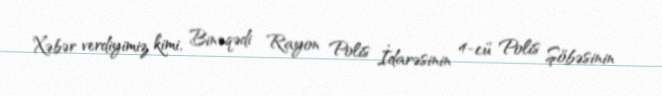
Xəbər verdiyimiz kimi, Binəqədi Rayon Polis İdarəsinin 4-cü Polis Şöbəsinin